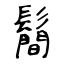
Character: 鬝